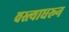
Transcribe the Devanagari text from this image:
वस्त्याधरून